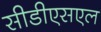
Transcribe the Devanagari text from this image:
सीडीएसएल